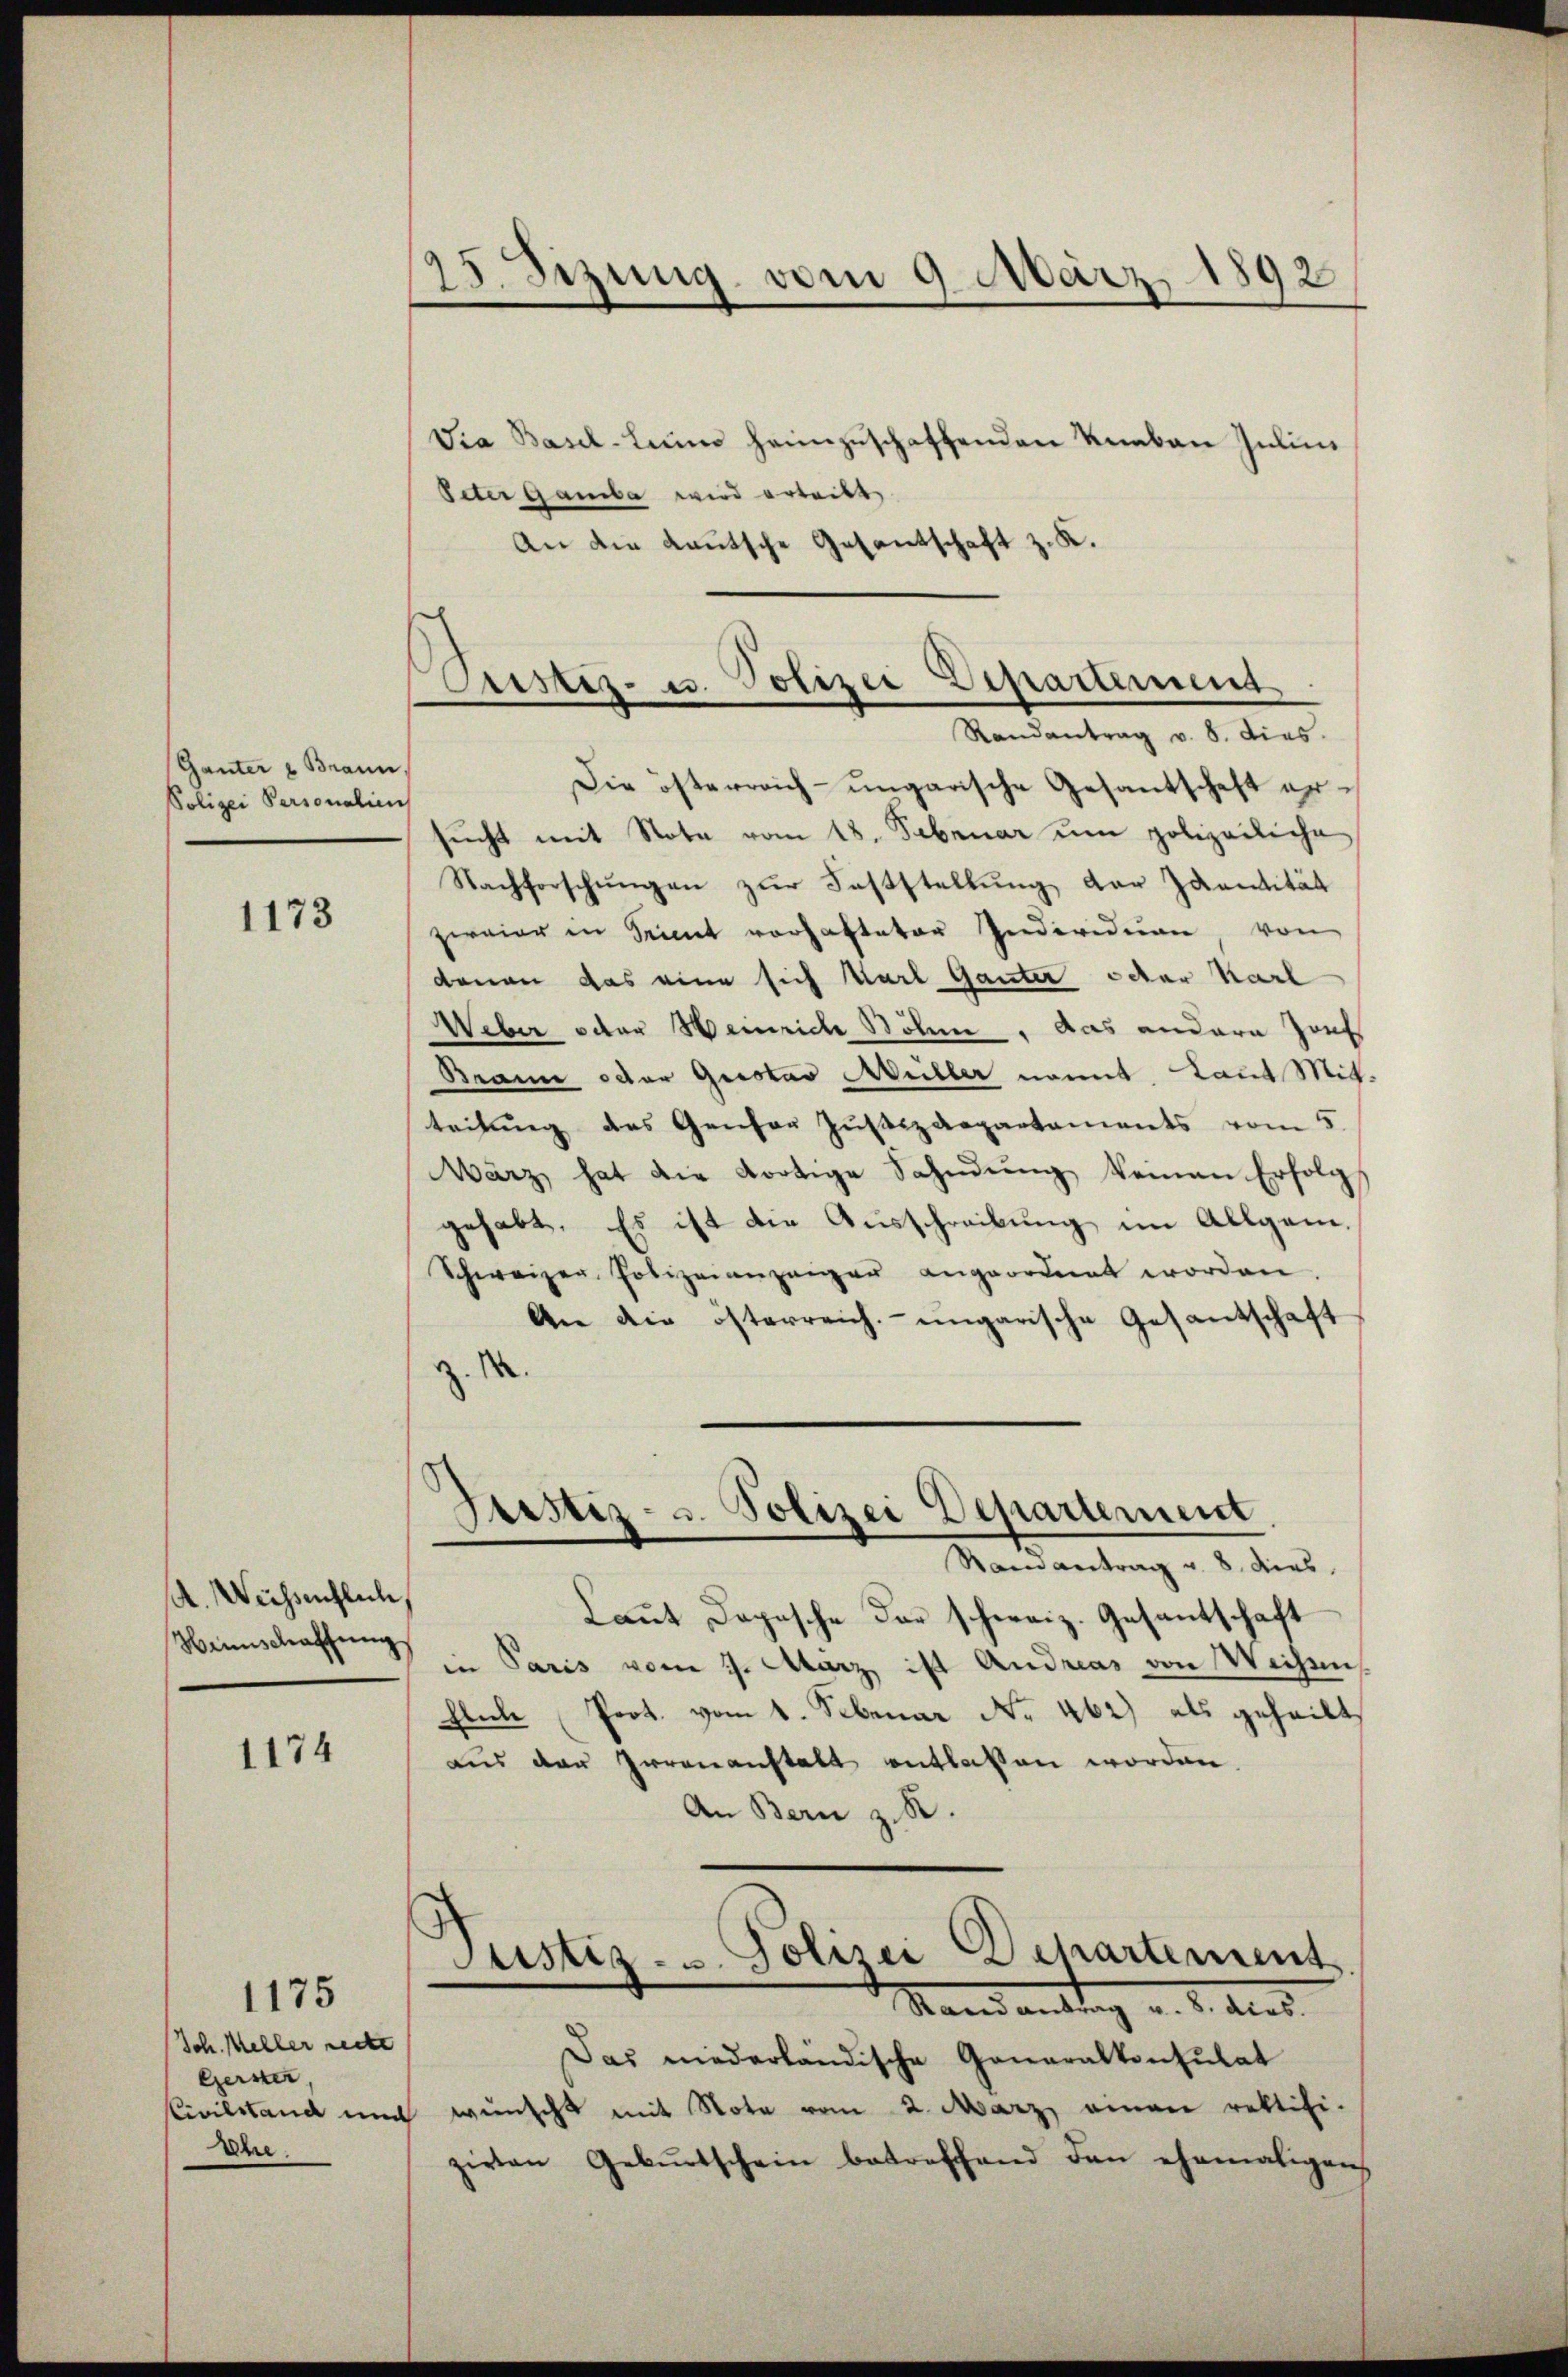
Ganter u Brann,
Polizei Personalien

1173

A. Weissentlich,
Hannschaffung

1174

Jch. Meller reche
Gerster,
Ihr.

1175

125. Sizung vom 9. März 1892

Justiz- u. Polizei Departement
Randantrag v. 8. dies

Via Basel-Leu heimzuschaffenden Knaben Inlini
Peter Gamba wird erteilt
An die Lautsche Gesantschaft z. K.
Die österreich-ungarische Gesantschaft ersŭcht mit Note vom 18. Februar um polizeiliche
Nachforschŭngen zŭr Fasstellŭng der Identität
zweier in Sinnt vorhafteter Individuen, von
denen das eine sich Karl Ganter octor Karl
Weber oder Heinrich Böhme, das andern Zof
Brain oder Gustav Müller nomit Laut Mit-
teilung des Genfer Justizdepartaments vom 5.
März hat die dortige Sahndung keinen Erfolg
gehabt. Es ist die Ausschreibung im Allgem¬
Schweizer Polizeiangangen angeordnet worden.
An die österreich-ungarische Gesantschaft
z. 1
Geistiz- u. Polizei Departement
Samantrag u. 8. dies
Laut Dopische der schweiz. Gesantschaft
in Paris vom 9. Marz ist Andreas von Weisen
fliche Prot. vom 1. Februar No. 462) als geheilt
aus der Irrenanstalt entlaßen worden.
An Bern z. R.
Justiz- u. Polizei Departement
Stand antrag v. 2. dies
Das niederländische Generalkonsulat
Civilstand und wünscht mit Note vom 2. März einen rektifi-
zirten Gebŭrtschein betreffend den ehemaligen